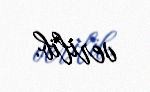
verilib.